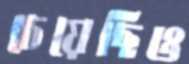
চেয়েছিও